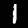
Digit: 1